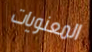
المعنويات